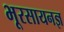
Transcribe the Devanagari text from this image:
भूरसायनज्ञ